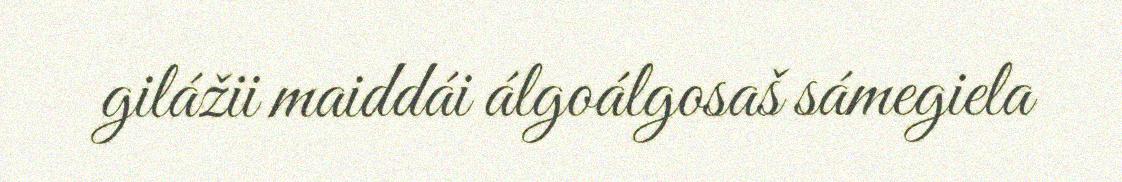
gilážii maiddái álgoálgosaš sámegiela